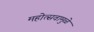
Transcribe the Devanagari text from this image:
महोत्सवामुळे